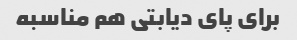
برای پای دیابتی هم مناسبه